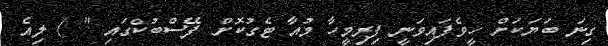
ގިނަ ބަޔަކަށް ހީވެފައިވަނީ ފިރިމީހާ މުއާ ޓެގުކޮށް ފޭސްބުކްގައި " ) ލިއެ